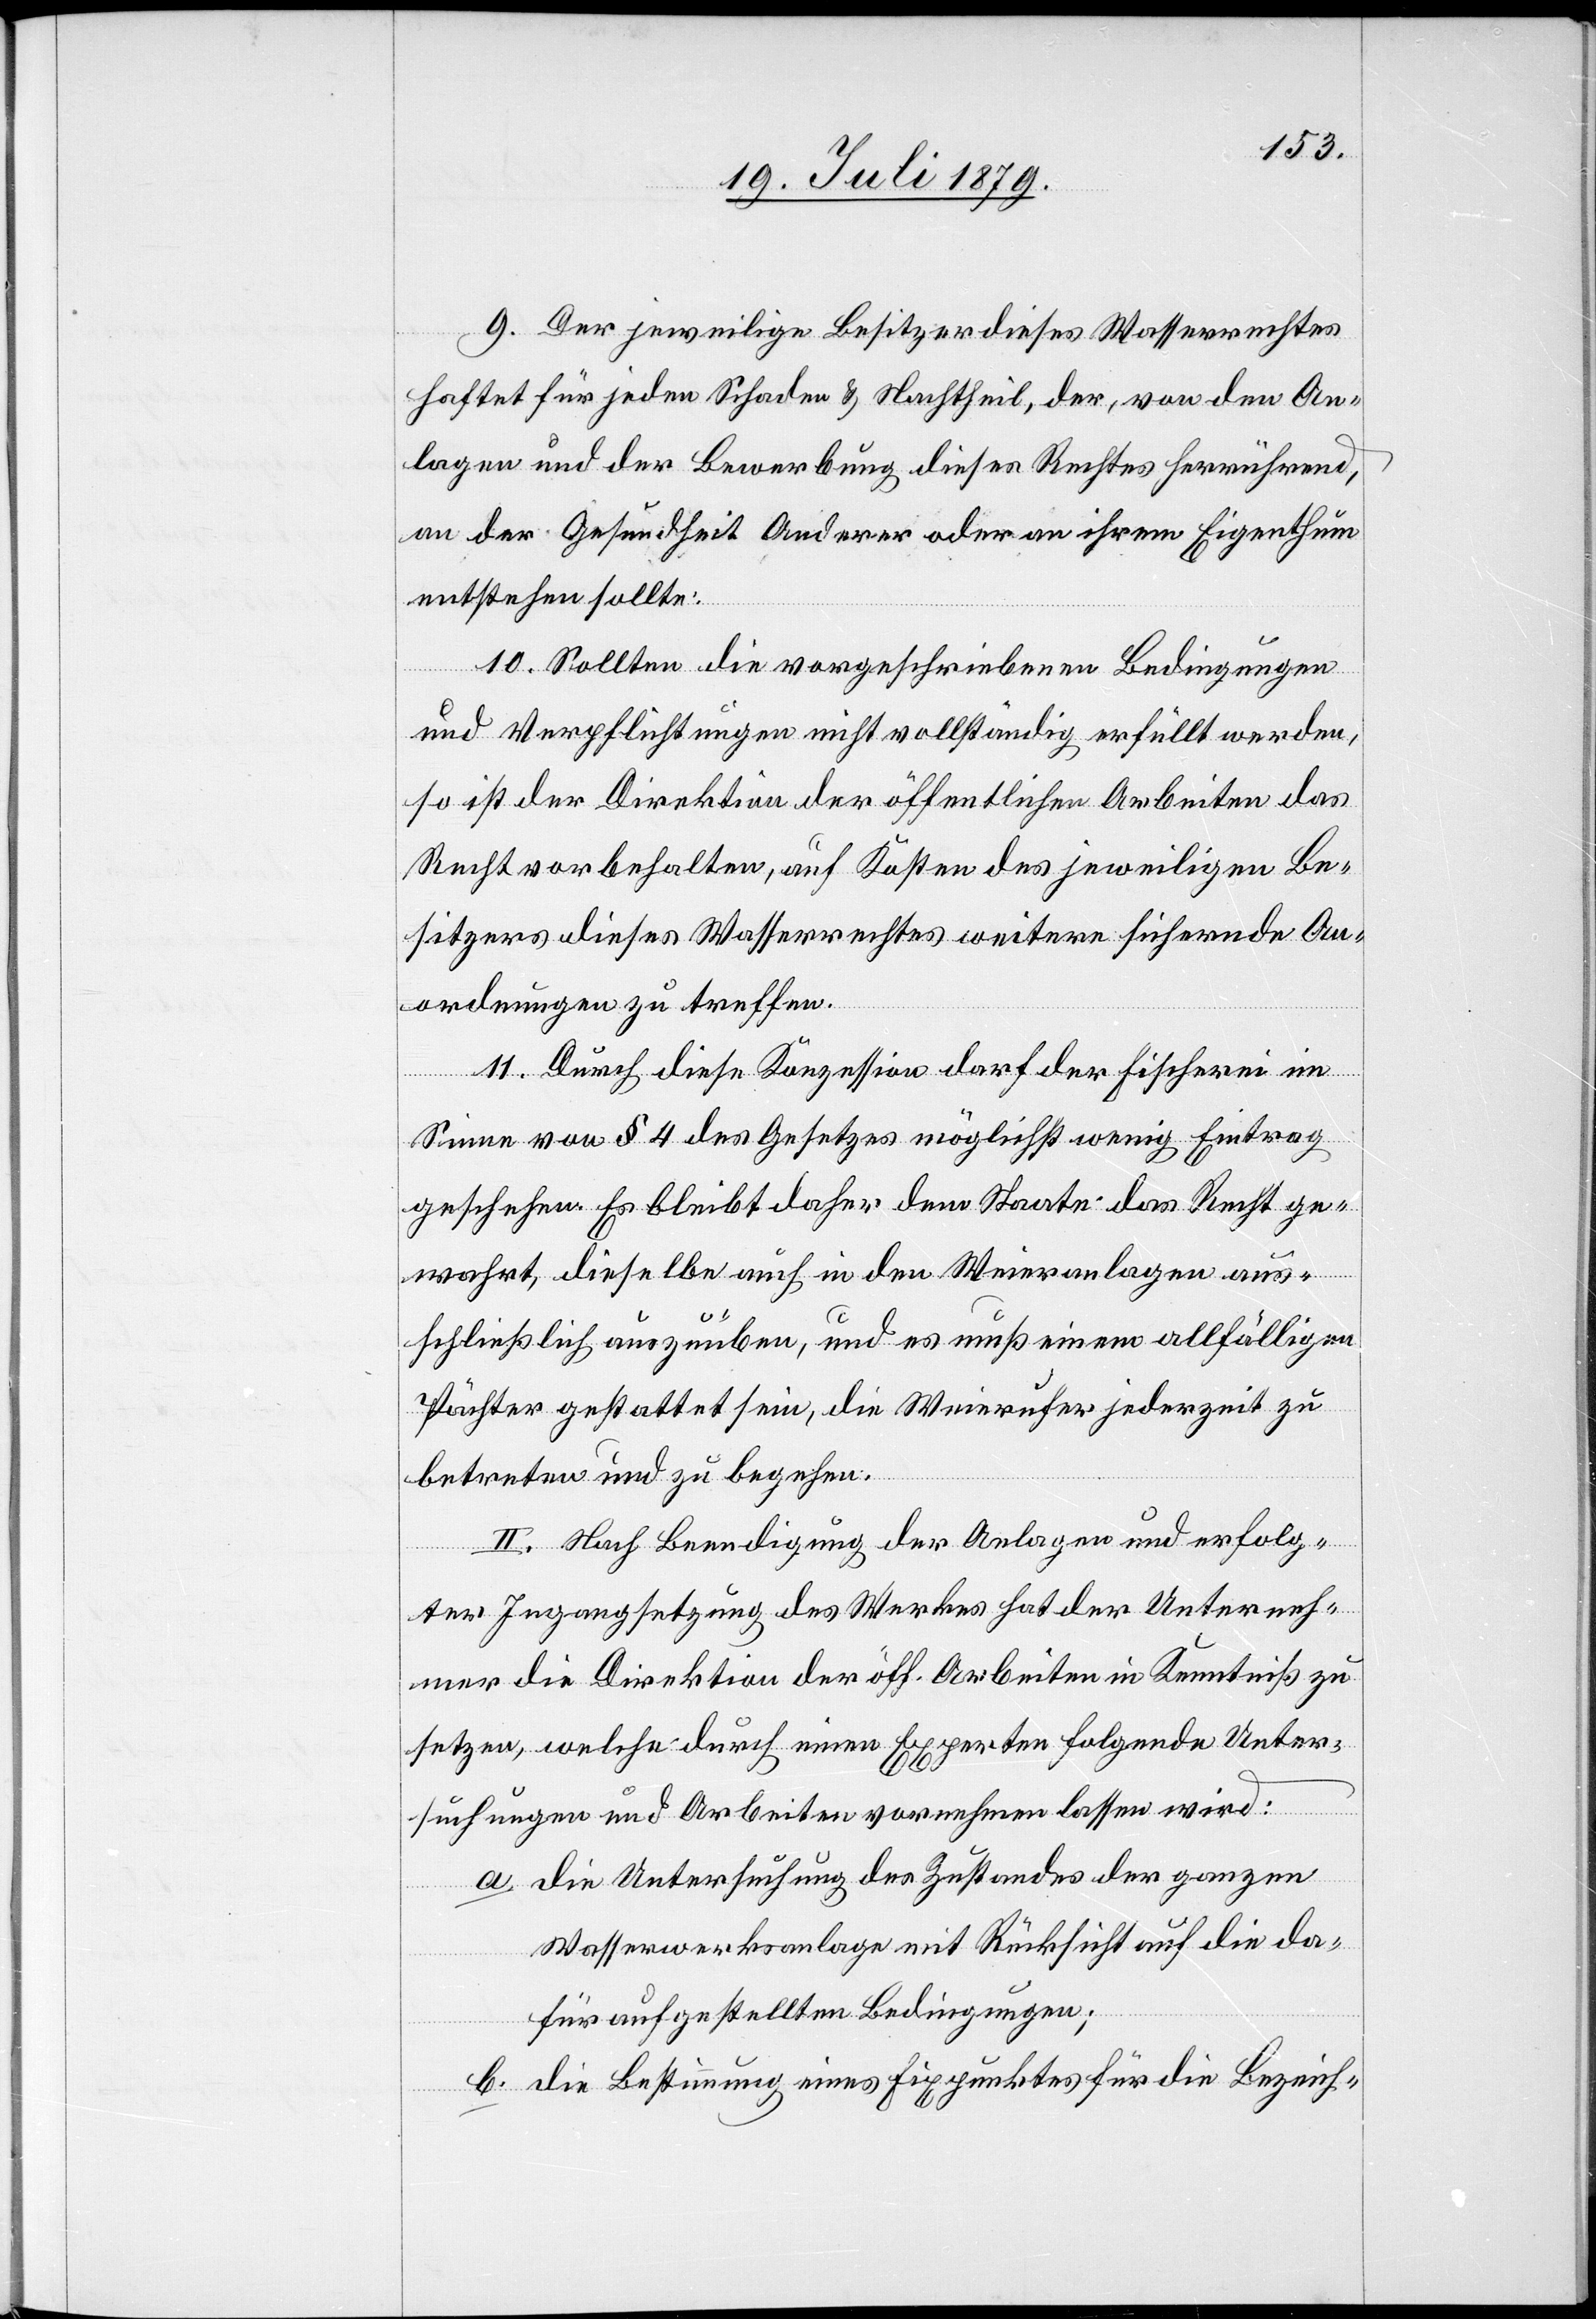
9. Der jeweilige Besitzer dieses Wasserrechtes
haftet für jeden Schaden & Nachtheil, der, von den An¬
lagen und der Bewerbung dieses Rechtes herrührend,
an der Gesundheit Anderer oder an ihrem Eigenthum
entstehen sollte.
10. Sollten die vorgeschriebenen Bedingungen
und Verpflichtungen nicht vollständig erfüllt werden,
so ist der Direktion der öffentlichen Arbeiten das
Recht vorbehalten, auf Kosten des jeweiligen Be¬
sitzers dieses Wasserrechtes weitere sichernde An¬
ordnungen zu treffen.
11. Durch diese Konzession darf der Fischerei im
Sinne von § 4 des Gesetzes möglichst wenig Eintrag
geschehen. Es bleibt daher dem Staate das Recht ge¬
wahrt, dieselbe auch in den Weieranlagen aus¬
schließlich auszuüben, und es muß einem allfälligen
Pächter gestattet sein, die Weierufer jederzeit zu
betreten und zu begehen.
II. Nach Beendigung der Anlagen und erfolg¬
ter Ingangsetzung des Werkes hat der Unterneh¬
mer die Direktion der öff. Arbeiten in Kenntniß zu
setzen, welche durch einen Experten folgende Unter¬
suchungen und Arbeiten vornehmen lassen wird:
a. die Untersuchung des Zustandes der ganzen
Wasserwerksanlage mit Rücksicht auf die da¬
für aufgestellten Bedingungen;
b. die Bestimmung eines Fixpunktes für die Bezeich-